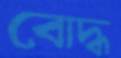
বোদ্ধ